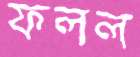
ফলল